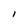
Character: l